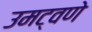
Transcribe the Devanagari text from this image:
उमट्वणे